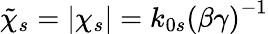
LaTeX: \tilde{\chi}_{s}=|\chi_{s}|=k_{0s}\left(\beta\gamma\right)^{-1}